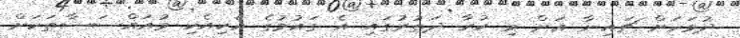
ދުވަހަށް ޗައިނާ އަށް މި ކުރާ ދަތުރުގައި އެ ގައުމުގެ އެކިއެކި މުއައްސަސާތަކަށް